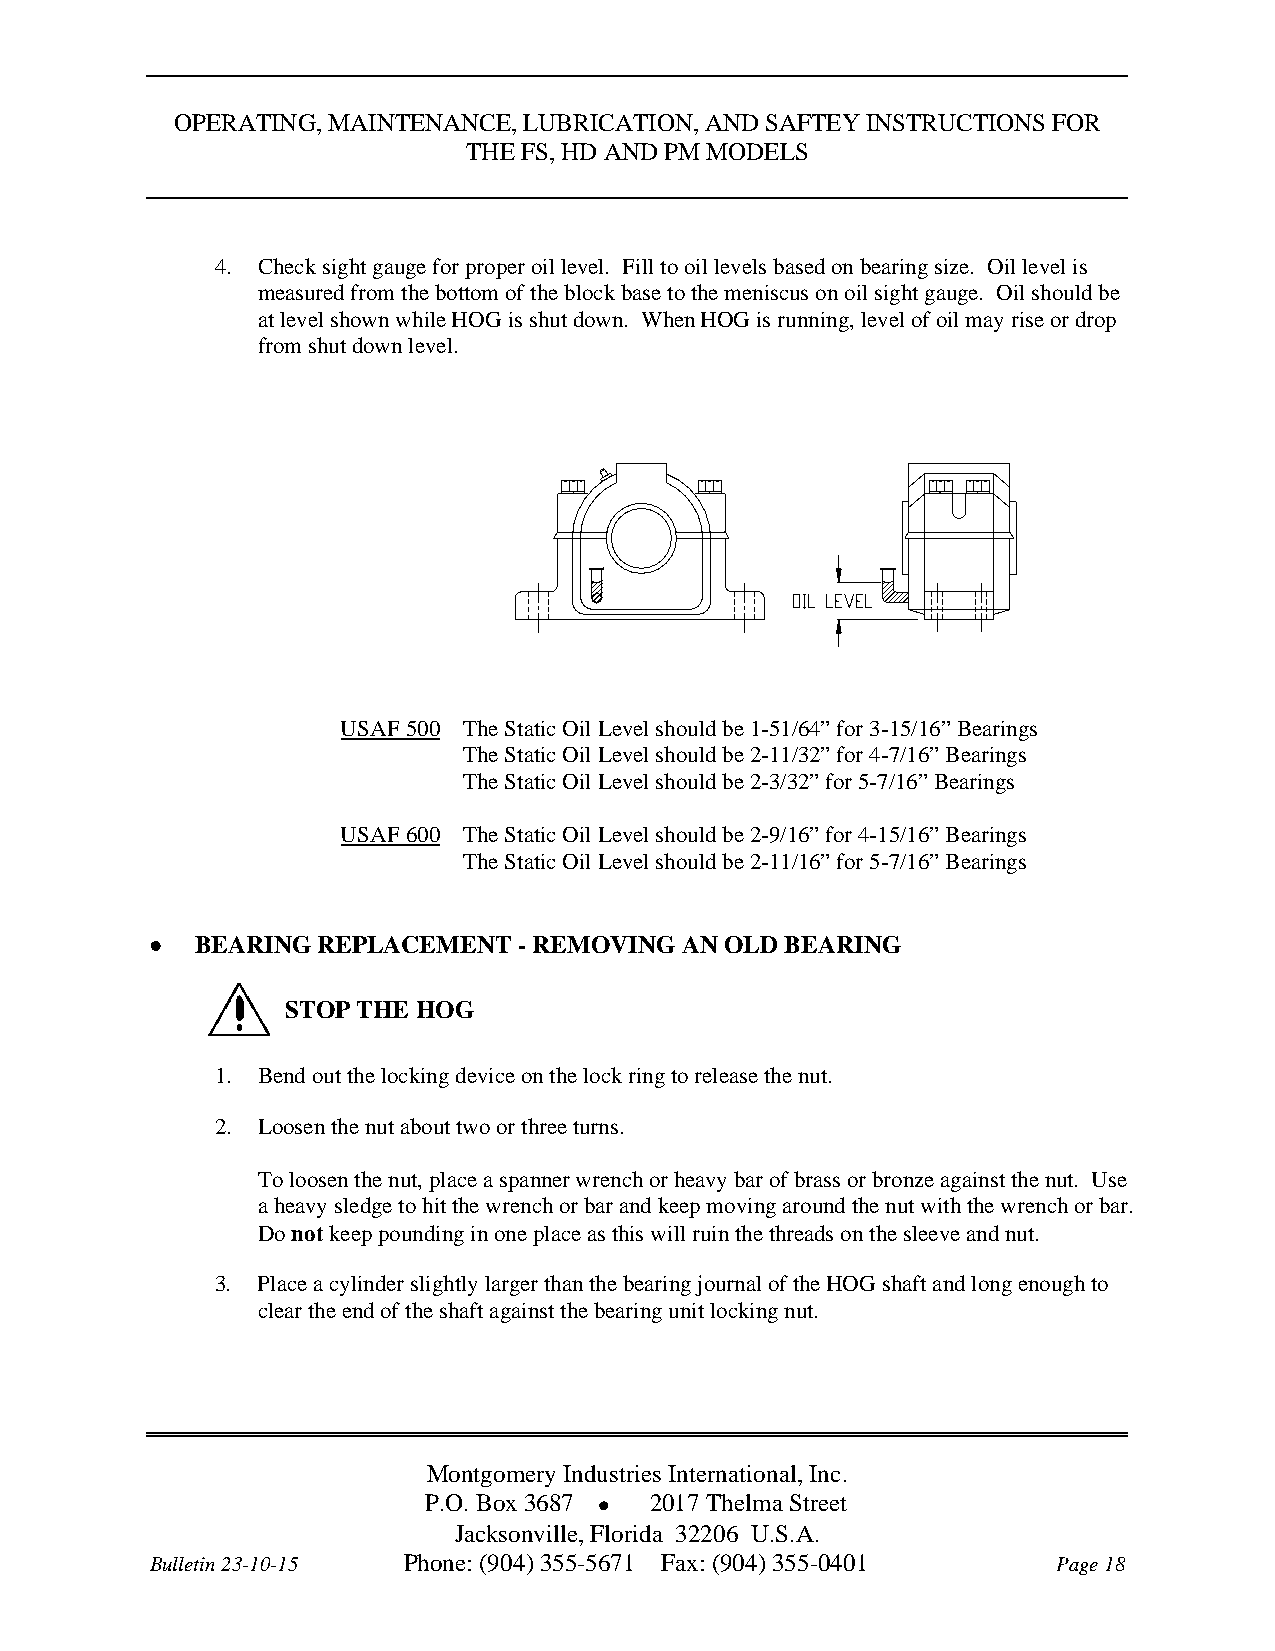
OPERATING, MAINTENANCE, LUBRICATION, AND SAFTEY INSTRUCTIONS FOR
 THE FS, HD AND PM MODELS
 4. Check sight gauge for proper oil level. Fill to oil levels based on bearing size. Oil level is
 measured from the bottom of the block base to the meniscus on oil sight gauge. Oil should be
 at level shown while HOG is shut down. When HOG is running, level of oil may rise or drop
 from shut down level.
 USAF 500 The Static Oil Level should be 1-51/64” for 3-15/16” Bearings
 The Static Oil Level should be 2-11/32” for 4-7/16” Bearings
 The Static Oil Level should be 2-3/32” for 5-7/16” Bearings
 USAF 600 The Static Oil Level should be 2-9/16” for 4-15/16” Bearings
 The Static Oil Level should be 2-11/16” for 5-7/16” Bearings
   BEARING REPLACEMENT  - REMOVING AN OLD BEARING
 STOP THE HOG
 1. Bend out the locking device on the lock ring to release the nut.
 2. Loosen the nut about two or three turns.
 To loosen the nut, place a spanner wrench or heavy bar of brass or bronze against the nut. Use
 a heavy sledge to hit the wrench or bar and keep moving around the nut with the wrench or bar.
 Do not keep pounding in one place as this will ruin the threads on the sleeve and nut.
 3. Place a cylinder slightly larger than the bearing journal of the HOG shaft and long enough to
 clear the end of the shaft against the bearing unit locking nut.
 Montgomery Industries International, Inc.
 P.O. Box 3687  2017 Thelma Street
 Jacksonville, Florida 32206 U.S.A.
 Bulletin 23-10-15 Phone: (904) 355-5671 Fax: (904) 355-0401 Page 18